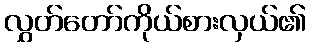
လွှတ်တော်ကိုယ်စားလှယ်၏